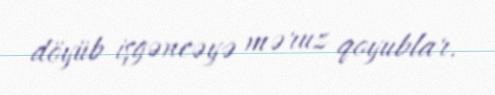
döyüb işgəncəyə məruz qoyublar.